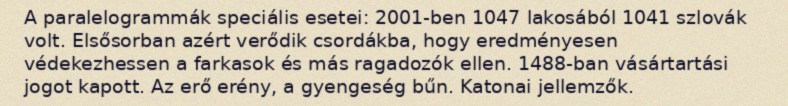
A paralelogrammák speciális esetei: 2001-ben 1047 lakosából 1041 szlovák volt. Elsősorban azért verődik csordákba, hogy eredményesen védekezhessen a farkasok és más ragadozók ellen. 1488-ban vásártartási jogot kapott. Az erő erény, a gyengeség bűn. Katonai jellemzők.